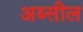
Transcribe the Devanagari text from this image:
अब्सील